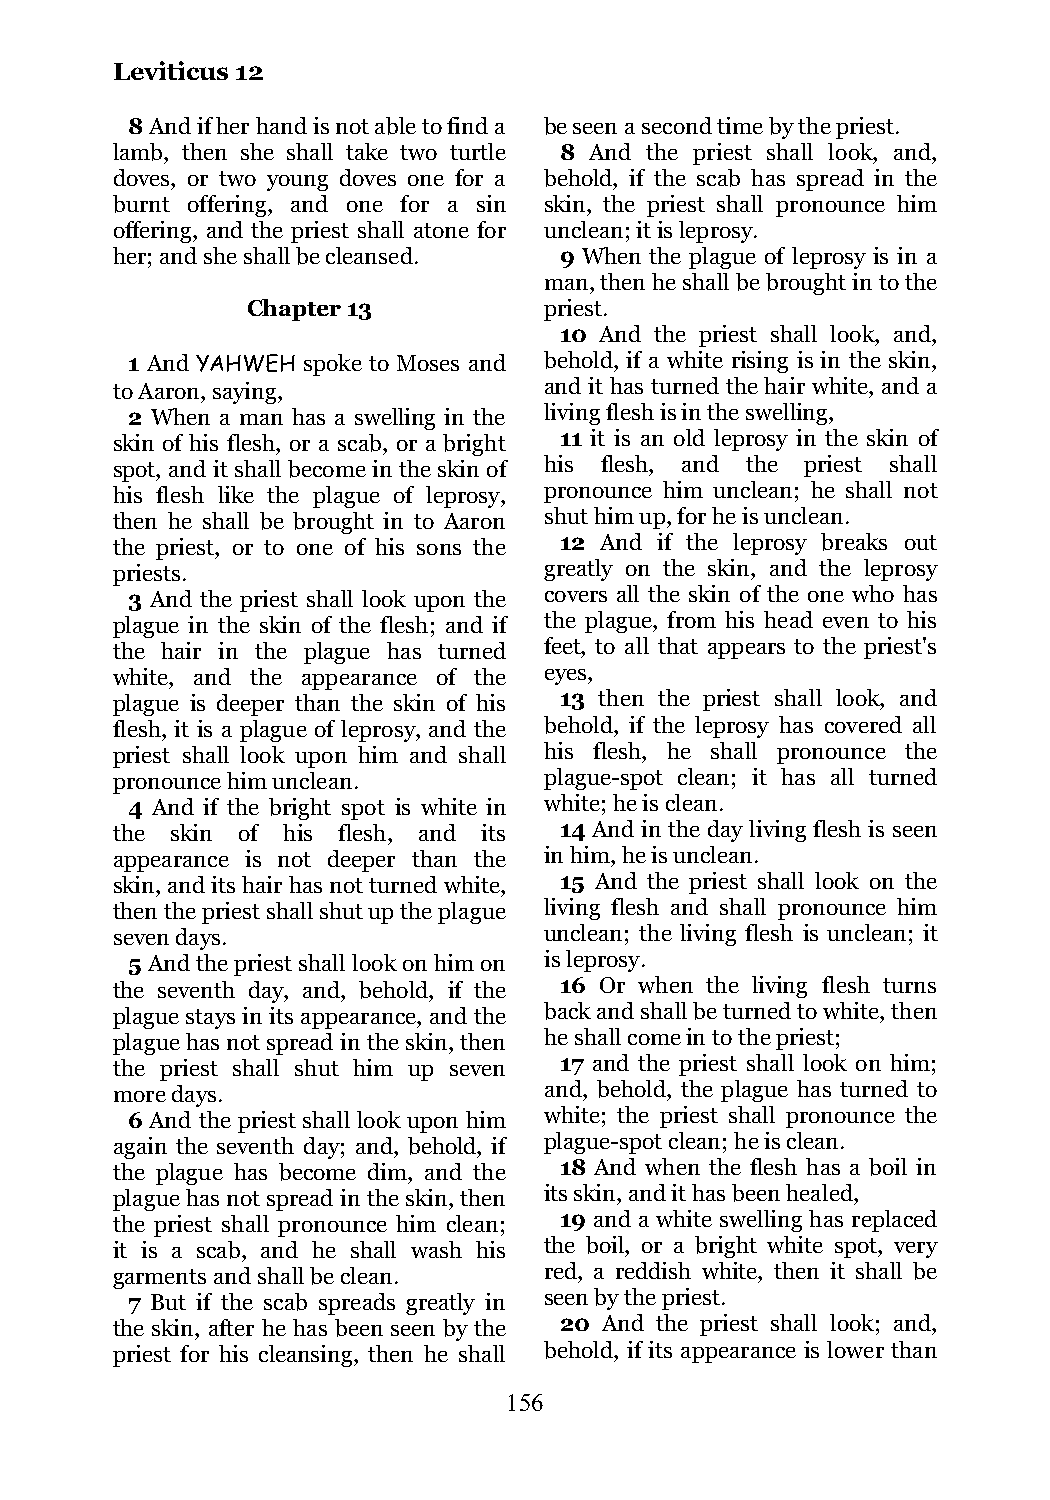
Leviticus 12
 8 And if her hand is not able to find a be seen a second time by the priest.
 lamb, then she shall take two turtle 8 And the priest shall look, and,
 doves, or two young doves one for a behold, if the scab has spread in the
 burnt offering, and one for a sin skin, the priest shall pronounce him
 offering, and the priest shall atone for unclean; it is leprosy.
 her; and she shall be cleansed. 9 When the plague of leprosy is in a
 man, then he shall be brought in to the
 Chapter 13          priest.
 10 And the priest shall look, and,
 1 And YAHWEH spoke to Moses and behold, if a white rising is in the skin,
 to Aaron, saying,            and it has turned the hair white, and a
 2 When a man has a swelling in the living flesh is in the swelling,
 skin of his flesh, or a scab, or a bright 11 it is an old leprosy in the skin of
 spot, and it shall become in the skin of his flesh, and the priest shall
 his flesh like the plague of leprosy, pronounce him unclean; he shall not
 then he shall be brought in to Aaron shut him up, for he is unclean.
 the priest, or to one of his sons the 12 And if the leprosy breaks out
 priests.                     greatly on the skin, and the leprosy
 3 And the priest shall look upon the covers all the skin of the one who has
 plague in the skin of the flesh; and if the plague, from his head even to his
 the hair in the plague has turned feet, to all that appears to the priest's
 white, and the appearance of the eyes,
 plague is deeper than the skin of his 13 then the priest shall look, and
 flesh, it is a plague of leprosy, and the behold, if the leprosy has covered all
 priest shall look upon him and shall his flesh, he shall pronounce the
 pronounce him unclean.       plague-spot clean; it has all turned
 4 And if the bright spot is white in white; he is clean.
 the skin of his flesh, and its 14 And in the day living flesh is seen
 appearance is not deeper than the in him, he is unclean.
 skin, and its hair has not turned white, 15 And the priest shall look on the
 then the priest shall shut up the plague living flesh and shall pronounce him
 seven days.                  unclean; the living flesh is unclean; it
 5 And the priest shall look on him on is leprosy.
 the seventh day, and, behold, if the 16 Or when the living flesh turns
 plague stays in its appearance, and the back and shall be turned to white, then
 plague has not spread in the skin, then he shall come in to the priest;
 the priest shall shut him up seven 17 and the priest shall look on him;
 more days.                   and, behold, the plague has turned to
 6 And the priest shall look upon him white; the priest shall pronounce the
 again the seventh day; and, behold, if plague-spot clean; he is clean.
 the plague has become dim, and the 18 And when the flesh has a boil in
 plague has not spread in the skin, then its skin, and it has been healed,
 the priest shall pronounce him clean; 19 and a white swelling has replaced
 it is a scab, and he shall wash his the boil, or a bright white spot, very
 garments and shall be clean. red, a reddish white, then it shall be
 7 But if the scab spreads greatly in seen by the priest.
 the skin, after he has been seen by the 20 And the priest shall look; and,
 priest for his cleansing, then he shall behold, if its appearance is lower than
 156